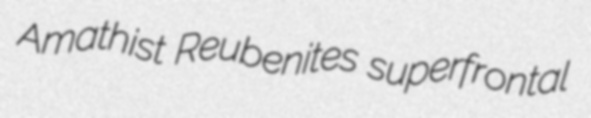
Amathist Reubenites superfrontal